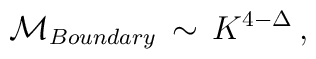
{\cal M}_{Boundary} \,\sim \,K^{4 - \Delta } \,,